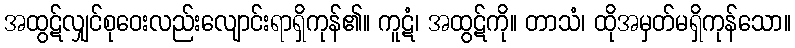
အထွဋ်လျှင်စုဝေးလည်းလျောင်းရာရှိကုန်၏။ ကူဋံ၊ အထွဋ်ကို။ တာသံ၊ ထိုအမှတ်မရှိကုန်သော။